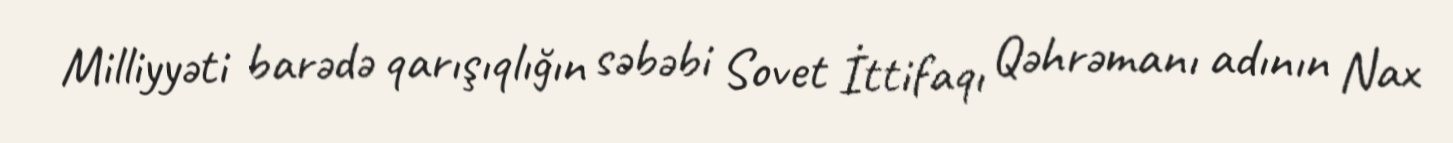
Milliyyəti barədə qarışıqlığın səbəbi Sovet İttifaqı Qəhrəmanı adının Nax